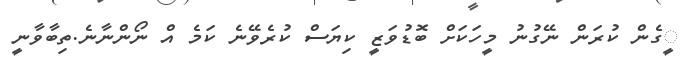
ީގެން ކުރަން ނޭގުނު މީހަކަށް ބޮޑުވަޒީ ކިޔަސް ކުރެވޭނެ ކަމެ އް ނޯންނާނެ.ތިބާވާނީ